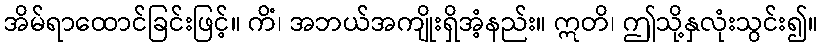
အိမ်ရာထောင်ခြင်းဖြင့်။ ကိံ၊ အဘယ်အကျိုးရှိအံ့နည်း။ ဣတိ၊ ဤသို့နှလုံးသွင်း၍။